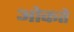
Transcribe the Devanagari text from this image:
ओकते